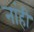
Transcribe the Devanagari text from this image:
नांही